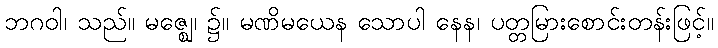
ဘဂဝါ၊ သည်။ မဇ္ဈေ၊ ၌။ မဏိမယေန သောပါ နေန၊ ပတ္တမြားစောင်းတန်းဖြင့်။